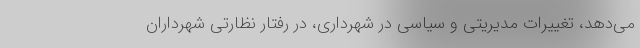
می‌دهد، تغییرات مدیریتی و سیاسی در شهرداری، در رفتار نظارتی شهرداران